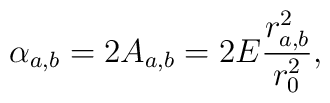
\alpha_{a,b} = 2A_{a,b} = 2 E \frac{r_{a,b}^2}{r_{0}^2},